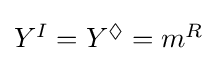
{\textstyle Y^{I}=Y^{\Diamond }=m^{R}}